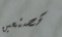
تصنعين